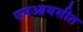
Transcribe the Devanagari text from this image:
एनआयसीत